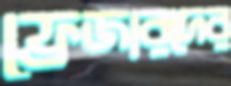
ফ্রেজারদের